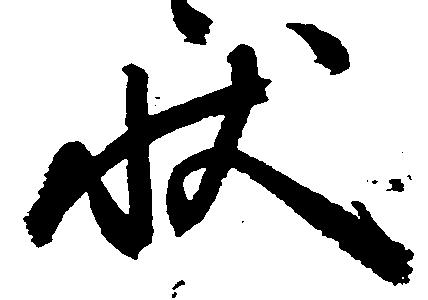
状